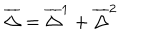
LaTeX: \overline { { { \Delta } } } = \overline { { { \Delta } } } ^ { 1 } + \overline { { { \Delta } } } ^ { 2 }